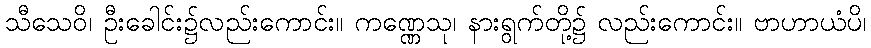
သီသေဝိ၊ ဦးခေါင်း၌လည်းကောင်း။ ကဏ္ဏေသု၊ နားရွက်တို့၌ လည်းကောင်း။ ဗာဟာယံပိ၊